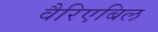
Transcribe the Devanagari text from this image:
वैरिएबिल